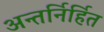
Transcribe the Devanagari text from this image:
अन्तर्निर्हित